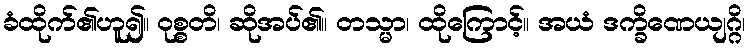
ခံထိုက်၏ဟူ၍။ ဝုစ္စတိ၊ ဆိုအပ်၏။ တသ္မာ၊ ထိုကြောင့်။ အယံ ဒက္ခိဏေယျဂ္ဂိ၊